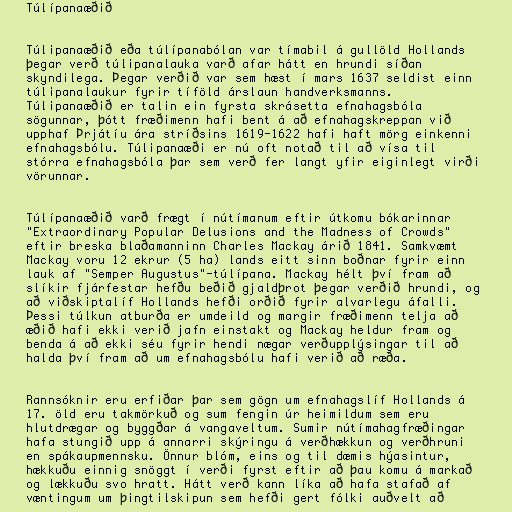
Túlípanaæðið

Túlipanaæðið eða túlípanabólan var tímabil á gullöld Hollands
þegar verð túlipanalauka varð afar hátt en hrundi síðan
skyndilega. Þegar verðið var sem hæst í mars 1637 seldist einn
túlipanalaukur fyrir tíföld árslaun handverksmanns.
Túlipanaæðið er talin ein fyrsta skrásetta efnahagsbóla
sögunnar, þótt fræðimenn hafi bent á að efnahagskreppan við
upphaf Þrjátíu ára stríðsins 1619-1622 hafi haft mörg einkenni
efnahagsbólu. Túlipanaæði er nú oft notað til að vísa til
stórra efnahagsbóla þar sem verð fer langt yfir eiginlegt virði
vörunnar.

Túlípanaæðið varð frægt í nútímanum eftir útkomu bókarinnar
"Extraordinary Popular Delusions and the Madness of Crowds"
eftir breska blaðamanninn Charles Mackay árið 1841. Samkvæmt
Mackay voru 12 ekrur (5 ha) lands eitt sinn boðnar fyrir einn
lauk af "Semper Augustus"-túlípana. Mackay hélt því fram að
slíkir fjárfestar hefðu beðið gjaldþrot þegar verðið hrundi, og
að viðskiptalíf Hollands hefði orðið fyrir alvarlegu áfalli.
Þessi túlkun atburða er umdeild og margir fræðimenn telja að
æðið hafi ekki verið jafn einstakt og Mackay heldur fram og
benda á að ekki séu fyrir hendi nægar verðupplýsingar til að
halda því fram að um efnahagsbólu hafi verið að ræða.

Rannsóknir eru erfiðar þar sem gögn um efnahagslíf Hollands á
17. öld eru takmörkuð og sum fengin úr heimildum sem eru
hlutdrægar og byggðar á vangaveltum. Sumir nútímahagfræðingar
hafa stungið upp á annarri skýringu á verðhækkun og verðhruni
en spákaupmennsku. Önnur blóm, eins og til dæmis hýasintur,
hækkuðu einnig snöggt í verði fyrst eftir að þau komu á markað
og lækkuðu svo hratt. Hátt verð kann líka að hafa stafað af
væntingum um þingtilskipun sem hefði gert fólki auðvelt að